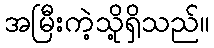
အမြီးကဲ့သို့ရှိသည်။